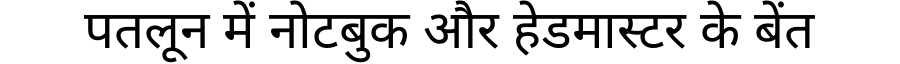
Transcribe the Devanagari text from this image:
पतलून में नोटबुक और हेडमास्टर के बेंत